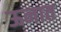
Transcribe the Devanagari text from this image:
ऊनात